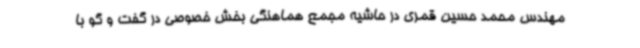
مهندس محمد حسین قمری در حاشیه مجمع هماهنگی بخش خصوصی در گفت و گو با